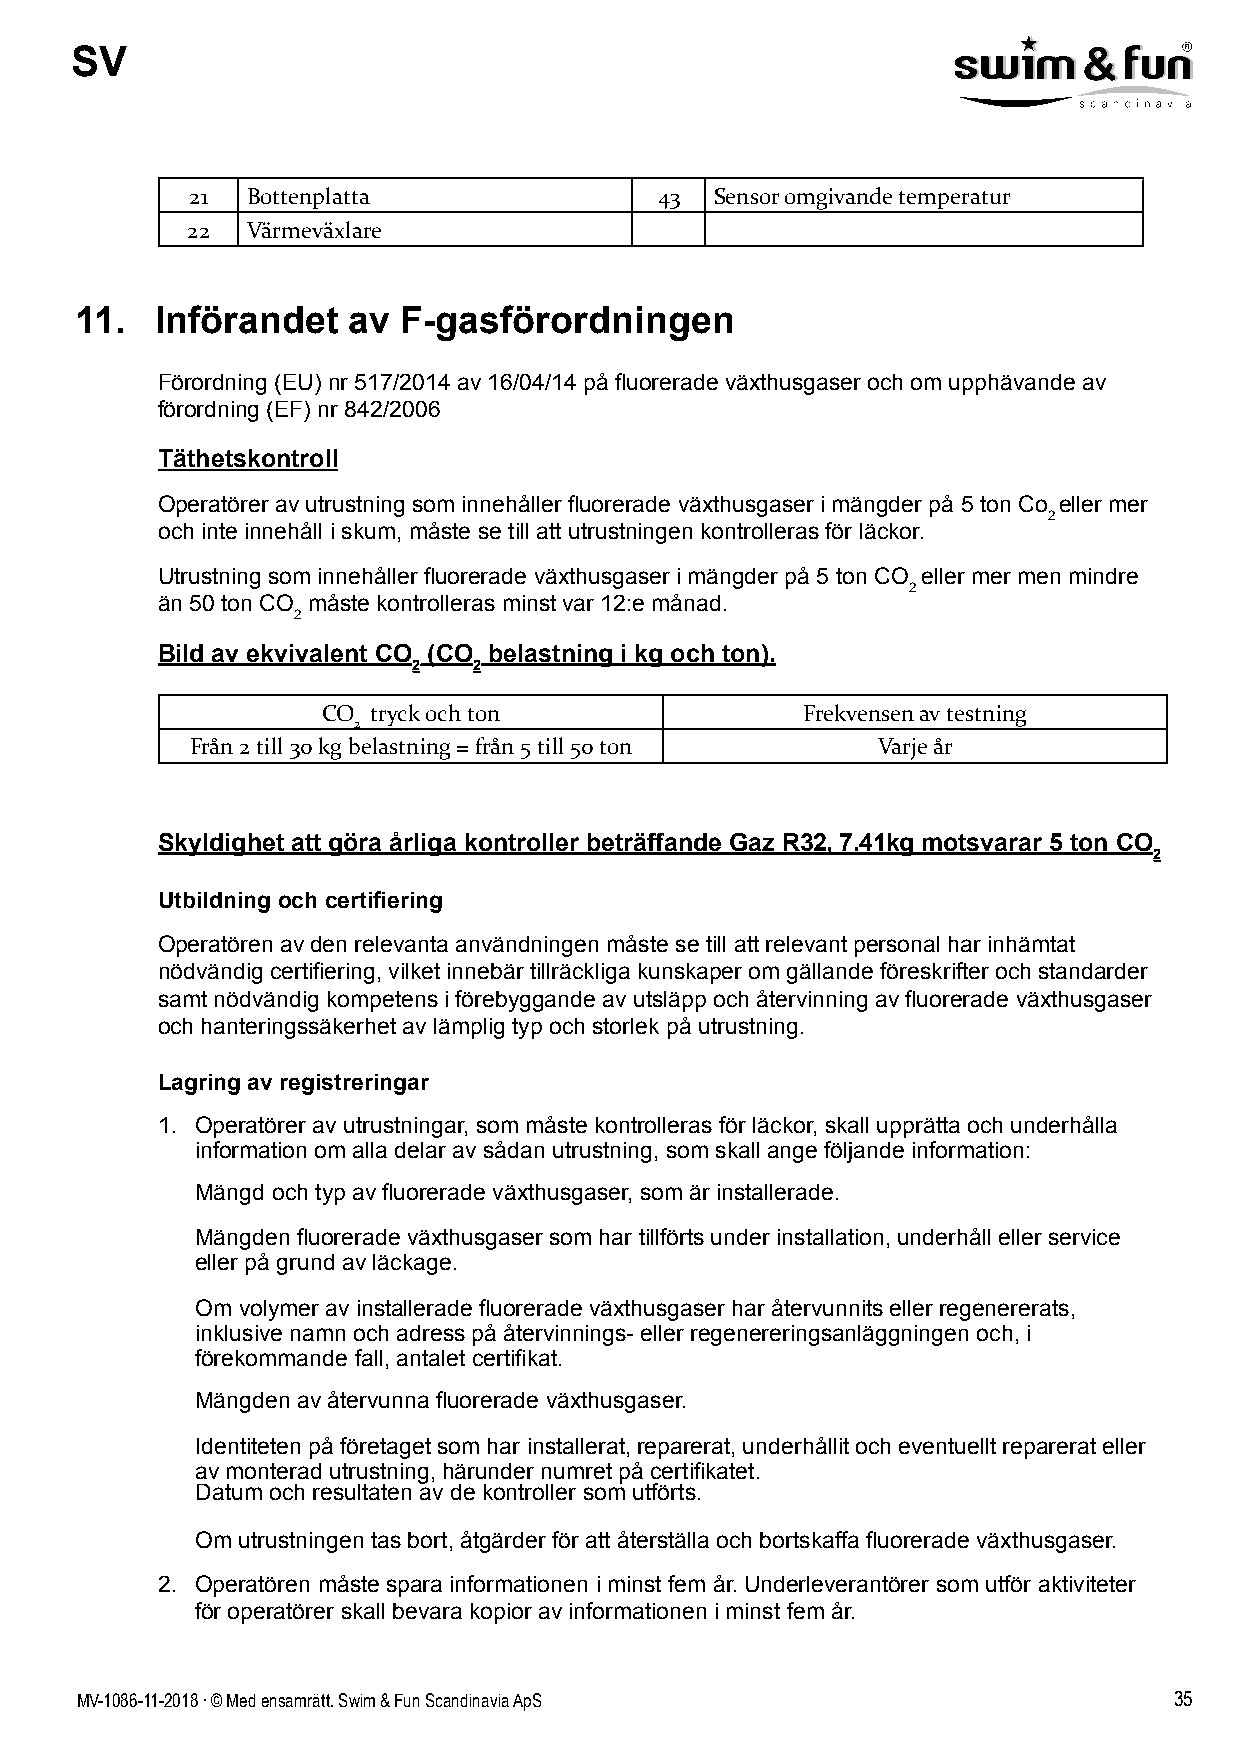
SV
 21 Bottenplatta                43 Sensor omgivande temperatur
 22  Värmeväxlare
 11.  Införandet   av  F-gasförordningen
 Förordning (EU) nr 517/2014 av 16/04/14 på fluorerade växthusgaser och om upphävande av
 förordning (EF) nr 842/2006
 Täthetskontroll
 Operatörer av utrustning som innehåller fluorerade växthusgaser i mängder på 5 ton Co eller mer
 2
 och inte innehåll i skum, måste se till att utrustningen kontrolleras för läckor.
 Utrustning som innehåller fluorerade växthusgaser i mängder på 5 ton CO eller mer men mindre
 2
 än 50 ton CO måste kontrolleras minst var 12:e månad.
 2
 Bild av ekvivalent CO (CO belastning i kg och ton).
 2   2
 CO tryck och ton                Frekvensen av testning
 2
 Från 2 till 30 kg belastning = från 5 till 50 ton Varje år
 Skyldighet att göra årliga kontroller beträffande Gaz R32, 7.41kg motsvarar 5 ton CO
 2
 Utbildning och certifiering
 Operatören av den relevanta användningen måste se till att relevant personal har inhämtat
 nödvändig certifiering, vilket innebär tillräckliga kunskaper om gällande föreskrifter och standarder
 samt nödvändig kompetens i förebyggande av utsläpp och återvinning av fluorerade växthusgaser
 och hanteringssäkerhet av lämplig typ och storlek på utrustning.
 Lagring av registreringar
 1. Operatörer av utrustningar, som måste kontrolleras för läckor, skall upprätta och underhålla
 information om alla delar av sådan utrustning, som skall ange följande information:
 Mängd och typ av fluorerade växthusgaser, som är installerade.
 Mängden fluorerade växthusgaser som har tillförts under installation, underhåll eller service
 eller på grund av läckage.
 Om volymer av installerade fluorerade växthusgaser har återvunnits eller regenererats,
 inklusive namn och adress på återvinnings- eller regenereringsanläggningen och, i
 förekommande fall, antalet certifikat.
 Mängden av återvunna fluorerade växthusgaser.
 Identiteten på företaget som har installerat, reparerat, underhållit och eventuellt reparerat eller
 av monterad utrustning, härunder numret på certifikatet.
 Datum och resultaten av de kontroller som utförts.
 Om utrustningen tas bort, åtgärder för att återställa och bortskaffa fluorerade växthusgaser.
 2. Operatören måste spara informationen i minst fem år. Underleverantörer som utför aktiviteter
 för operatörer skall bevara kopior av informationen i minst fem år.
 MV-1086-11-2018 . © Med ensamrätt. Swim & Fun Scandinavia ApS            35